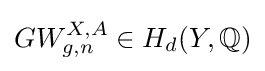
GW_{g,n}^{X,A}\in H_{d}(Y,\mathbb {Q} )